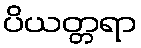
ပိယတ္တရာ